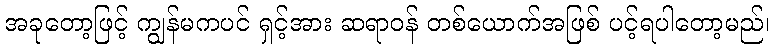
အခုတော့ဖြင့် ကျွန်မကပင် ရှင့်အား ဆရာဝန် တစ်ယောက်အဖြစ် ပင့်ရပါတော့မည်၊